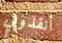
أنقذوني